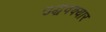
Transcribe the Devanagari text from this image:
उद्धवक्यार